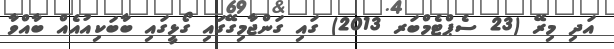
އަދި މިރޭ (23 ސެޕްޓެމްބަރ 2013) ގައި ގަންޖާމިގޭގައި ގޯޅީގައި ބާބަކިއުއެއް ބާއްވާ